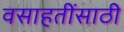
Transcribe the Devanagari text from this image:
वसाहतींसाठी